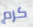
كرم